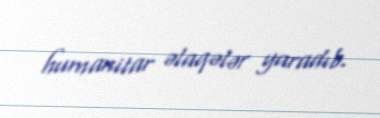
humanitar əlaqələr yaradıb.